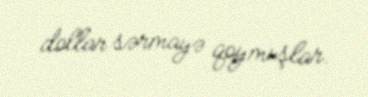
dollar sərmayə qoymuşlar.